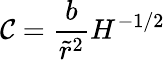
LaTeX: \mathcal{C}=\frac{b}{\tilde{r}^{2}}H^{-1/2}